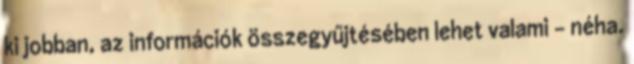
ki jobban, az információk összegyűjtésében lehet valami – néha.